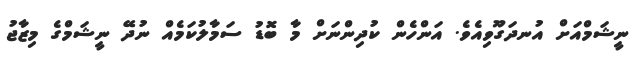
ނީޝަމްއަށް އުނދަގޫވިއެވެ. އަންހެން ކުދިންނަށް މާ ބޮޑު ސަމާލުކަމެއް ނުދޭ ނީޝަމްގެ މިޒާޖު